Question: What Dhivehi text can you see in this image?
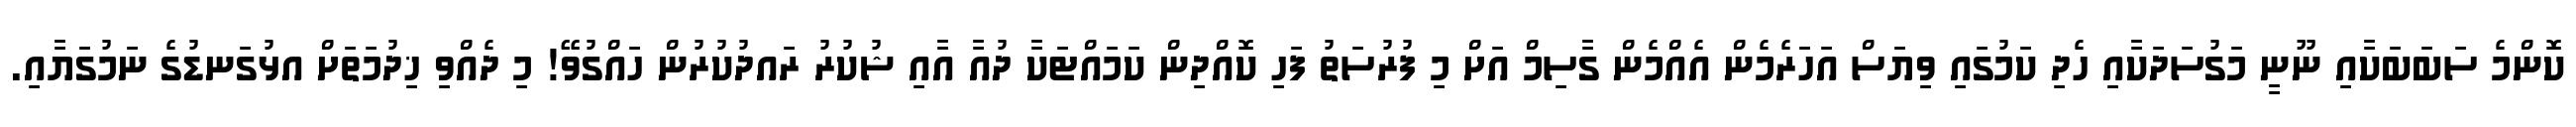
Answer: ކޮންމެ ސަބަބަކާއި ނޫނީ މަގުސަދަކާއި ހެދި ކަމުގައި ވިޔަސް އަހަރެމެން އެއްމެން ގާސިމް އަށް މި ފުރުސަތު ފަހި ކޮއްދިން ކަމައްޓަކާ ދުއާ އާއި ޝުކުރު ރައދުކުރުން ހައްގުވޭ! މި ދެއްވި ޚިދުމަތަށް އޅުގަނޑުގެ ނަމުގަޔާއި.